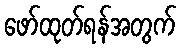
ဖော်ထုတ်ရန်အတွက်